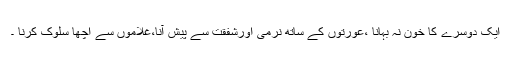
ایک دوسرے کا خون نہ بہانا ،عورتوں کے ساتھ نرمی اورشفقت سے پیش آنا،غلاموں سے اچھا سلوک کرنا ۔